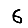
Digit: 6